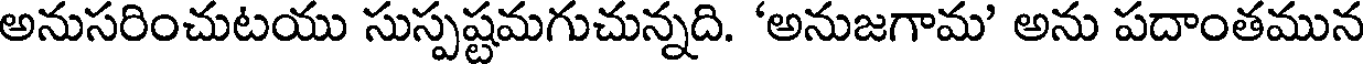
అనుసరించుటయు సుస్పష్టమగుచున్నది. 'అనుజగామ' అను పదాంతమున